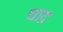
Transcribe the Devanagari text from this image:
चाद्र